Leprosy in India: report of the Leprosy Commission in India, 1890-91
Year: 1890
Disease focus: Leprosy
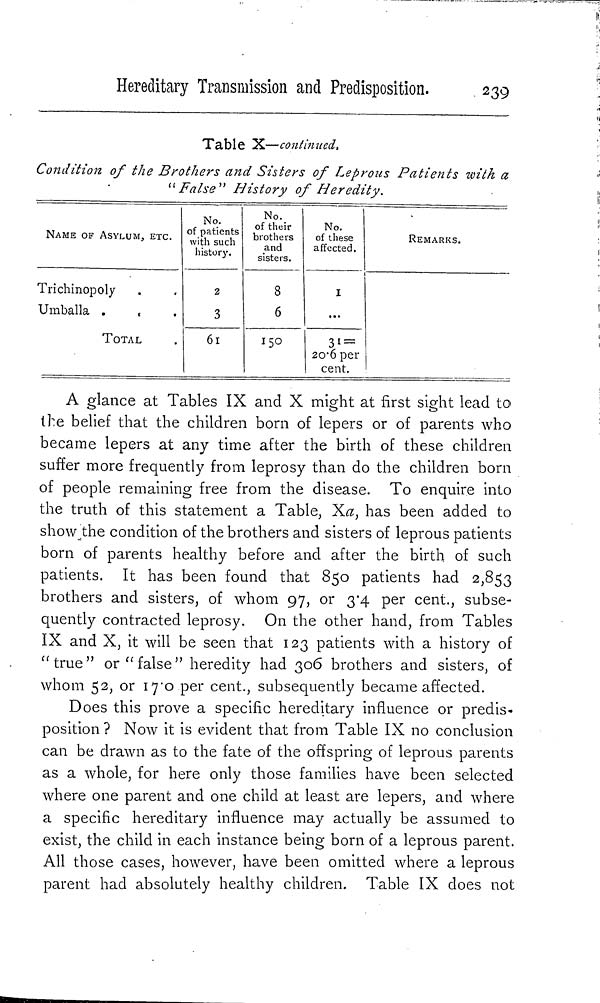
Hereditary Transmission and Predisposition.
239
Table X—continued.
Condition of the Brothers and Sisters of Leprous Patients with a
"False" History of Heredity.
NAME OF ASYLUM, ETC.
Trichinopoly
Umballa .
«
TOTAL
No.
of patients
with such
history.
2
3
61
No.
of their
brothers
and
sisters.
8
6
No.
of these
affected.
I
...
31 =
20.6 per
cent.
REMARKS.
A glance at Tables IX and X might at first sight lead to
the belief that the children born of lepers or of parents who
became lepers at any time after the birth of these children
suffer more frequently from leprosy than do the children born
of people remaining free from the disease. To enquire into
the truth of this statement a Table, Xa, has been added to
show the condition of the brothers and sisters of leprous patients
born of parents healthy before and after the birth of such
patients. It has been found that 850 patients had 2,853
brothers and sisters, of whom 97, or 3.4 per cent., subse-
quently contracted leprosy. On the other hand, from Tables
IX and X, it will be seen that 123 patients with a history of
"true" or "false" heredity had 306 brothers and sisters, of
whom 52, or 17.0 per cent., subsequently became affected.
Does this prove a specific hereditary influence or predis-
position ? Now it is evident that from Table IX no conclusion
can be drawn as to the fate of the offspring of leprous parents
as a whole, for here only those families have been selected
where one parent and one child at least are lepers, and where
a specific hereditary influence may actually be assumed to
exist, the child in each instance being born of a leprous parent.
All those cases, however, have been omitted where a leprous
parent had absolutely healthy children. Table IX does not